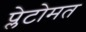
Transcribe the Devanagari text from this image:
प्लेटोमत